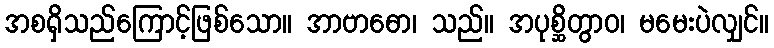
အစရှိသည်ကြောင့်ဖြစ်သော။ အာဗာဓော၊ သည်။ အပုစ္ဆိတွာဝ၊ မမေးပဲလျှင်။